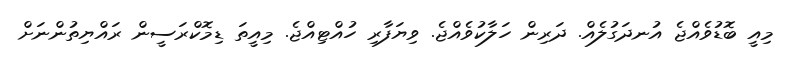
މިއީ ބޮޑުވެއްޖެ އުނދަގުލެއް. ދަރިން ހަލާކުވެއްޖެ. ވިޔަފާރި ހުއްޓިއްޖެ. މިއީތަ ޑިމޮކްރަސީން ރައްޔިތުންނަށް